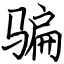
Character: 骗